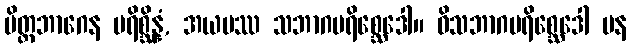
ပိတ္တဘာဂေန ပရိစ္ဆိန္နံ, အယမဿ သဘာဂပရိစ္ဆေဒေါ။ ဝိသဘာဂပရိစ္ဆေဒေါ ပန